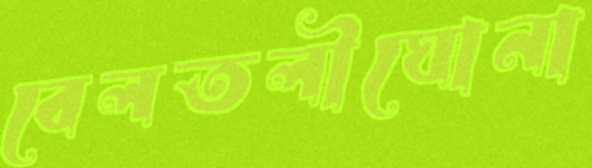
বেলতলীঘোনা